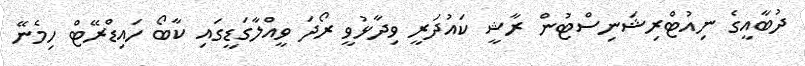
ދުބާއީގެ ނިއުޓްރިޝަނިސްޓުން ރާޝީ ކައުދަރީ ވިދާޅުވީ ރޯދަ ވީއްލާގަޑީގައި ކާބޯ ހައިޑްރޭޓް ހިމެނޭ